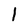
Character: l